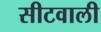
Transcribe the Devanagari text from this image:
सीटवाली